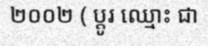
២០០២ ( ប្តូរ ឈ្មោះ ជា